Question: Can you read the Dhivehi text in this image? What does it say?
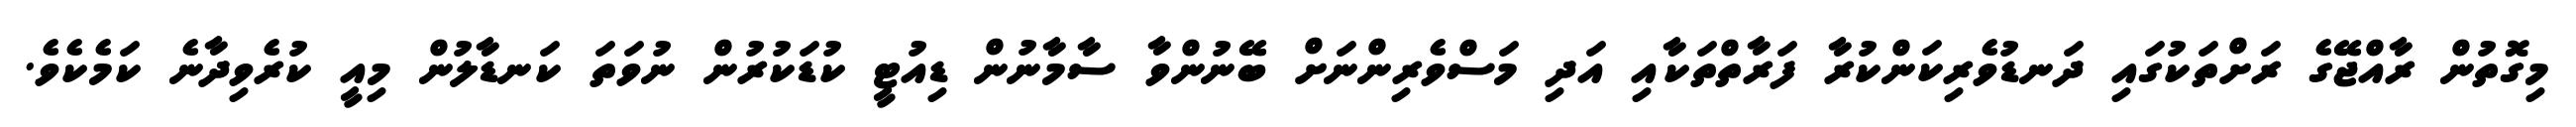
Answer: މިގޮތުން ރާއްޖޭގެ ރަށްތަކުގައި ދަނޑުވެރިކަންކުރާ ފަރާތްތަކާއި އަދި މަސްވެރިންނަށް ބޭނުންވާ ސާމާނުން ޑިއުޓީ ކުޑަކުރުން ނުވަތަ ކަނޑާލުން މިއީ ކުރެވިދާނެ ކަމެކެވެ.